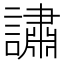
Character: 𬣉